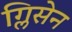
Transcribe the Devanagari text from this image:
ग्लिसेन